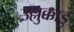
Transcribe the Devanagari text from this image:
उल्लुक्काडु